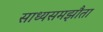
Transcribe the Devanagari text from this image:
साध्यसमझौता